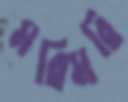
মরিমরি